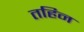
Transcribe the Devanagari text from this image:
तहिन